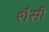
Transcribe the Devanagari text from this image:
शैसी